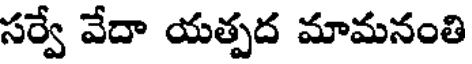
సర్వే వేదా యత్పద మామనంతి